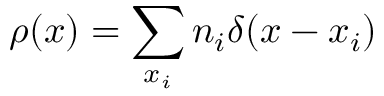
\rho ( x ) = \sum _ { x _ { i } } n _ { i } \delta ( x - x _ { i } )